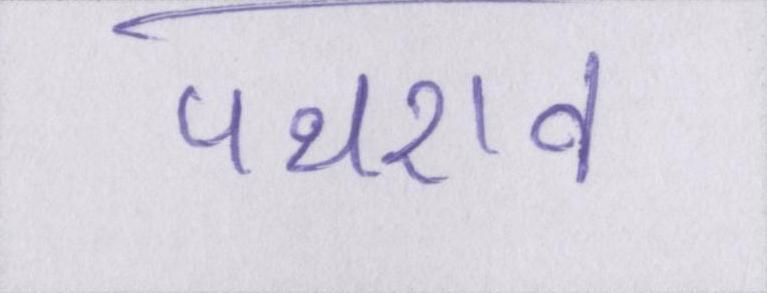
पथराव